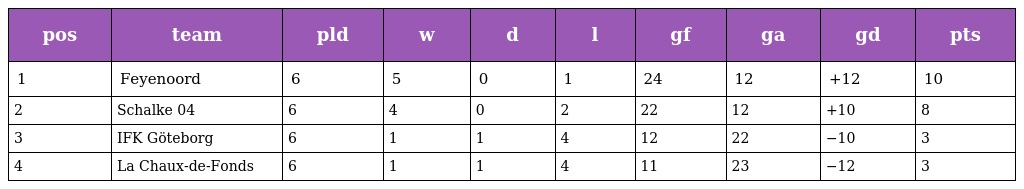
| pos | team | pld | w | d | l | gf | ga | gd | pts |
 | --- | --- | --- | --- | --- | --- | --- | --- | --- | --- |
 | 1 | Feyenoord | 6 | 5 | 0 | 1 | 24 | 12 | +12 | 10 |
 | 2 | Schalke 04 | 6 | 4 | 0 | 2 | 22 | 12 | +10 | 8 |
 | 3 | IFK Göteborg | 6 | 1 | 1 | 4 | 12 | 22 | −10 | 3 |
 | 4 | La Chaux-de-Fonds | 6 | 1 | 1 | 4 | 11 | 23 | −12 | 3 |